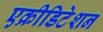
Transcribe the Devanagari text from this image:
एक्रीडिटेशन